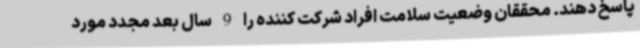
پاسخ دهند. محققان وضعیت سلامت افراد شرکت کننده را 9 سال بعد مجدد مورد